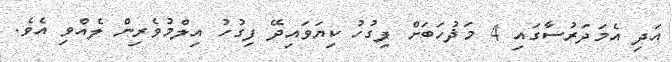
އަދި އެމަދަރުސާގައި 4 މަޛުހަބަށް ފިގުހު ކިޔަވައިދޭ ފިގުހު އިލްމުވެރިން ލެއްވި އެވެ.